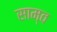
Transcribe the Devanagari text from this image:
साम्व